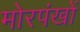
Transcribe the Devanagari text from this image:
मोरपंखों